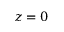
z = 0